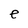
Character: e